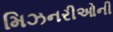
મિઝનરીઓની